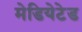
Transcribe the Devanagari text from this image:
मेडियेटेड